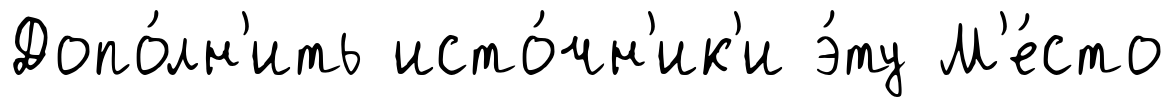
Допо́лн'ить исто́чн'ик'и э́ту М'е́сто